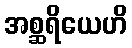
အစ္ဆရိယေဟိ